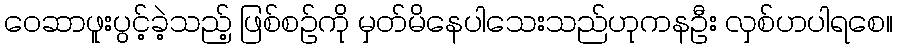
ဝေဆာဖူးပွင့်ခဲ့သည့် ဖြစ်စဥ်ကို မှတ်မိနေပါသေးသည်ဟုကနဦး လှစ်ဟပါရစေ။